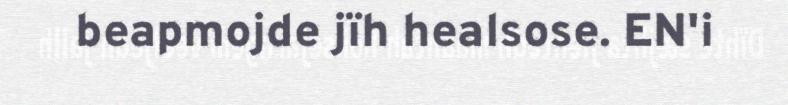
beapmojde jïh healsose. EN'i